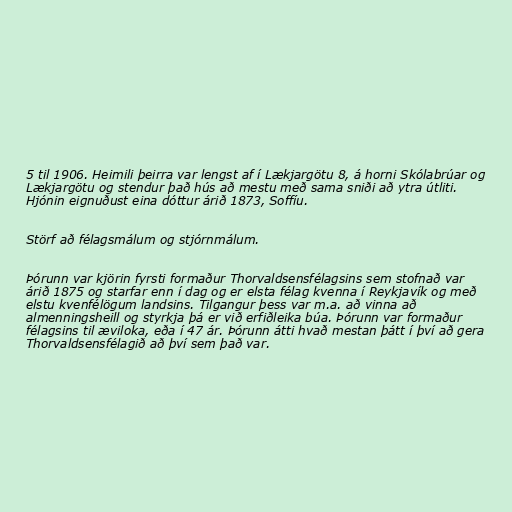
5 til 1906. Heimili þeirra var lengst af í Lækjargötu 8, á horni Skólabrúar og
Lækjargötu og stendur það hús að mestu með sama sniði að ytra útliti.
Hjónin eignuðust eina dóttur árið 1873, Soffíu.

Störf að félagsmálum og stjórnmálum.

Þórunn var kjörin fyrsti formaður Thorvaldsensfélagsins sem stofnað var
árið 1875 og starfar enn í dag og er elsta félag kvenna í Reykjavík og með
elstu kvenfélögum landsins. Tilgangur þess var m.a. að vinna að
almenningsheill og styrkja þá er við erfiðleika búa. Þórunn var formaður
félagsins til æviloka, eða í 47 ár. Þórunn átti hvað mestan þátt í því að gera
Thorvaldsensfélagið að því sem það var.